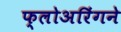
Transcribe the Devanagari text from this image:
फ्लोअरिंगने